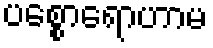
ပစ္စောရောဟာမ